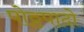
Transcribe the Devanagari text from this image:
पोठ्ठपादो